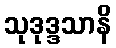
သုဒုဒ္ဒသာနိ